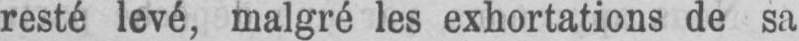
resté levé, malgré les exhortations de sa